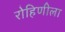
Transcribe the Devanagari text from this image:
रोहिणीला